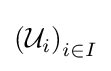
\left({\mathcal {U}}_{i}\right)_{i\in I}